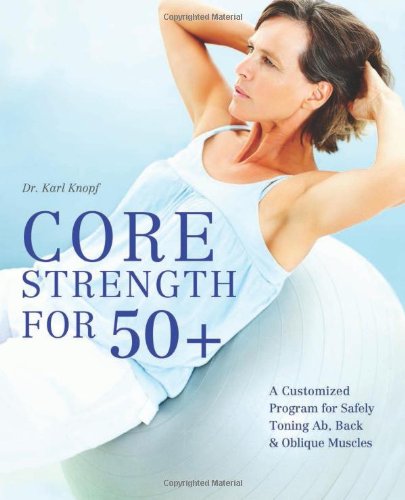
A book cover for Core Strength for 50+: A Customized Program for Safely Toning Ab, Back, and Oblique Muscles; Karl Knopf; Health, Fitness & Dieting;